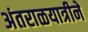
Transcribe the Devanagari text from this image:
अंतराळयात्रीने